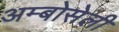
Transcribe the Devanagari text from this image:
अम्बोसेली